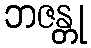
ဘဇန္တု